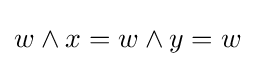
w\wedge x=w\wedge y=w